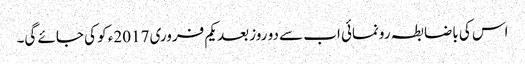
اس کی باضابطہ رونمائی اب سے دو روز بعد یکم فروری 2017ء کو کی جائے گی۔